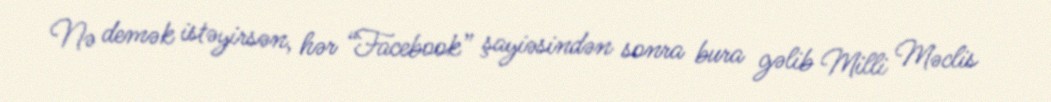
Nə demək istəyirsən, hər “Facebook” şayiəsindən sonra bura gəlib Milli Məclis